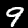
Digit: 9